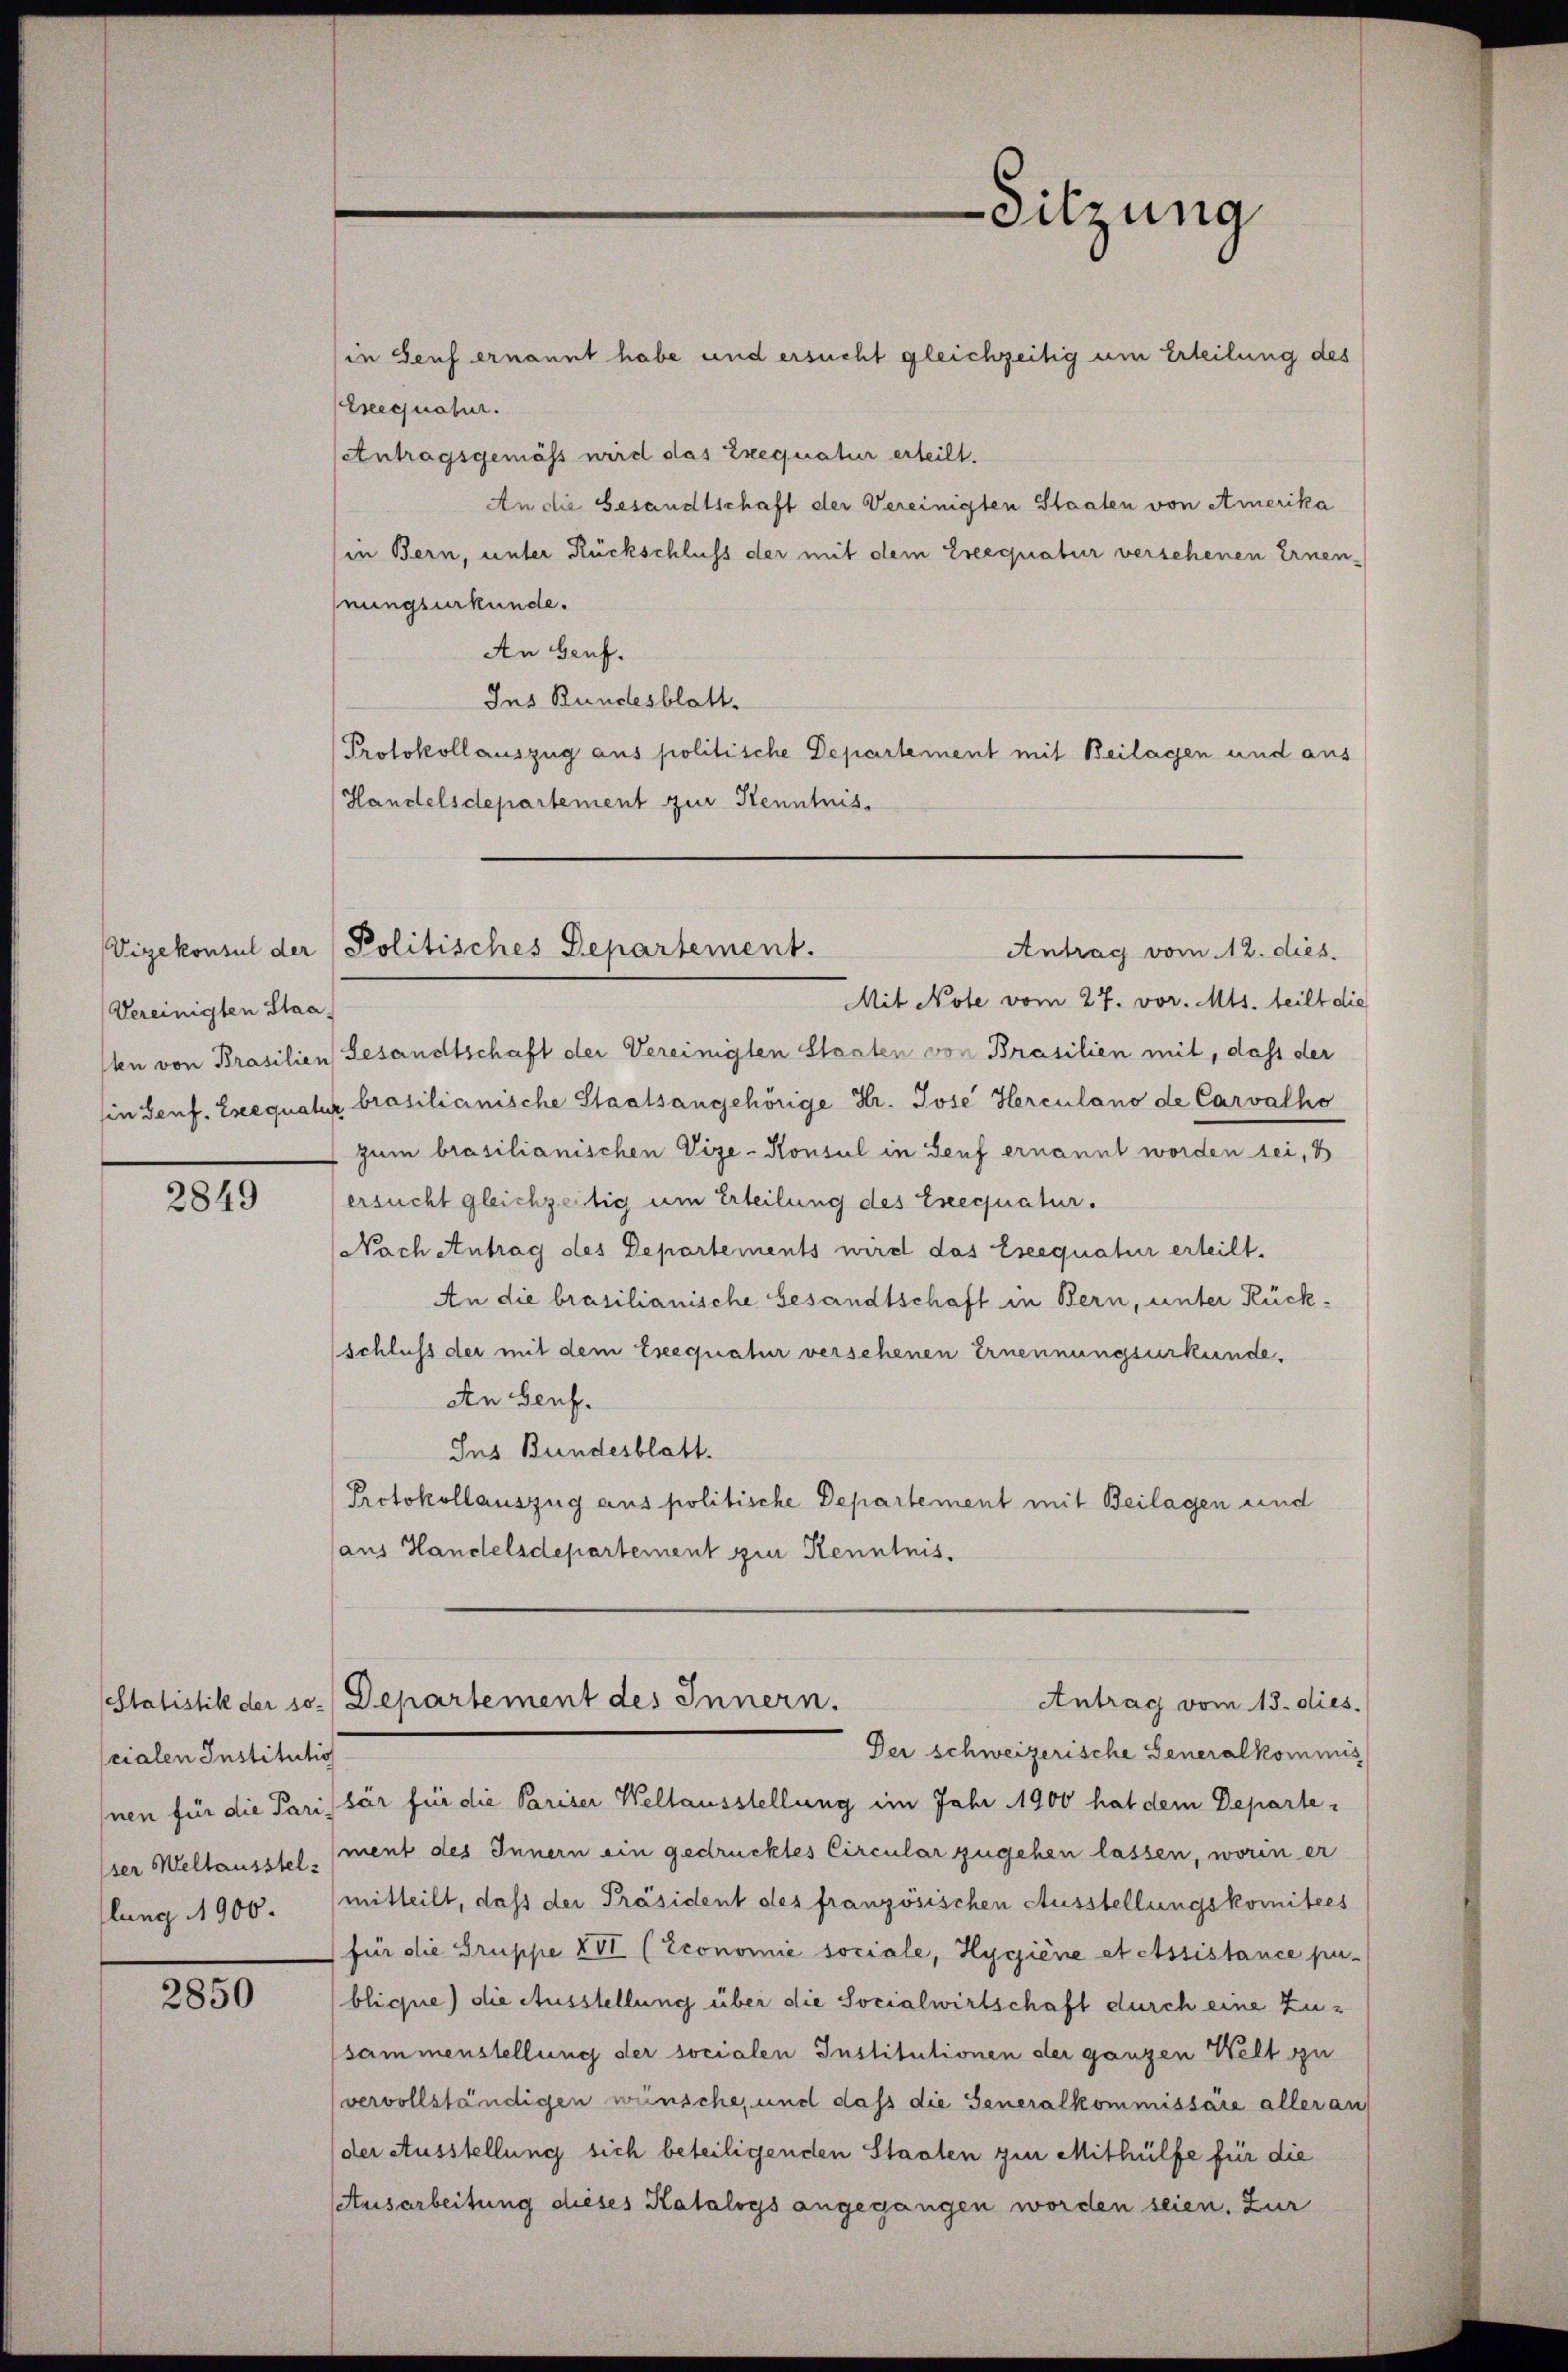
Vereinigten Staa¬

2849

cialen Institutio

2850

in Genf ernannt habe und ersucht gleichzeitig um Erteilung des
Ereequatur.
(Antragsgemäss wird das Exequatur erteilt.
An die Gesandtschaft der Vereinigten Staaten von Amerika
in Bern, unter Rückschluss der mit dem Ereequatur versehenen Ernennungsurkunde.
An Genf.
Ins Bundesblatt.
Protokollauszug aus politische Departement mit Beilagen und aus
Handelsdepartement zur Kenntnis.

-Sitzung

Mit Note vom 27. vor. Mts. teilt die
1ten von Brasilien Gesandtschaft der Vereinigten Staaten von Brasilien mit, dass der
in Senf, Exequatur brasilicinische Staatsangehörige Dr. Jose Herculano de Carvalho
zum brasilianischen Vize-Konsul in Senf ernannt worden sei, d
ersucht gleichzeitig um Erteilung des Exequatur.
Nach Antrag des Departements wird das Eseequatur erteilt.
An die brasilianische Gesandtschaft in Bern, unter Rückschluss der mit dem Ereequatur versehenen Ernennungsurkunde.
An Genf.
Jus Bundesblatt.
Protokollauszug aus politische Departement mit Beilagen und
aus Handelsdepartement zur Kenntnis.

Vizekonsul der Politisches Departement.
Antrag vom 12. dies

Inen für die Parissär für die Pariser Weltausstellung im Jahr 1900 hat dem Departeser Weltausstel, (ment des Innern ein gedrucktes Circular zugehen lassen, worin er
llung 1900. (mitteilt, daß der Präsident des französischen Ausstellungskomitees
für die Gruppe XVI (Economie sociale, Hygiene et essistance pu-
bliche) die Ausstellung über die Socialwirtschaft durch eine Zu-
sammenstellung der socialen Institutionen der ganzen Welt zu
vervollständigen wünsche, und dass die Generalkommissäre aller an
der Ausstellung sich beteiligenden Staaten zur Mithülfe für die
Ausarbeitung dieses Katalogs angegangen worden seien. Zur

Statistik der so. Departement des Innern.
Antrag vom 13. dies
Der schweizerische Generalkommis